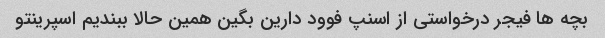
بچه ها فیجر درخواستی از اسنپ فوود دارین بگین همین حالا ببندیم اسپرینتو